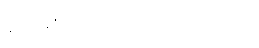
ဝေမိုးအောင် ငြင်းရသည်။